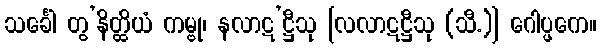
သင်္ခေါ တွ’နိတ္ထိယံ ကမ္ဗု၊ နလာဋ’ဋ္ဌီသု [လလာဋဋ္ဌီသု (သီ.)] ဂေါပ္ဖကေ။